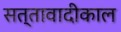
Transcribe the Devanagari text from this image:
सत्तावादीकाल